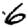
Digit: 6